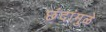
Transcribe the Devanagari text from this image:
छंदांमुळे